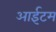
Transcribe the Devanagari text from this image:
आईटम